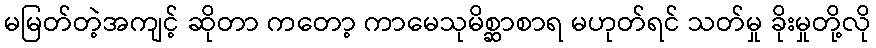
မမြတ်တဲ့အကျင့် ဆိုတာ ကတော့ ကာမေသုမိစ္ဆာစာရ မဟုတ်ရင် သတ်မှု ခိုးမှုတို့လို